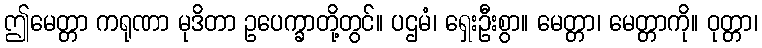
ဤမေတ္တာ ကရုဏာ မုဒိတာ ဥပေက္ခာတို့တွင်။ ပဌမံ၊ ရှေးဦးစွာ။ မေတ္တာ၊ မေတ္တာကို။ ဝုတ္တာ၊